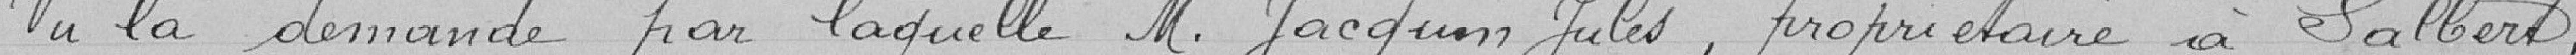
Vu la demande par laquelle Monsieur JACQUIN Jules, propriétaire à Salbert